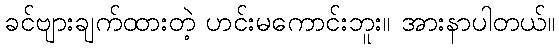
ခင်ဗျားချက်ထားတဲ့ ဟင်းမကောင်းဘူး။ အားနာပါတယ်။